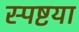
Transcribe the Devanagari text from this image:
स्पष्टया